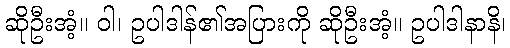
ဆိုဦးအံ့။ ဝါ၊ ဥပါဒါန်၏အပြားကို ဆိုဦးအံ့။ ဥပါဒါနာနိ၊